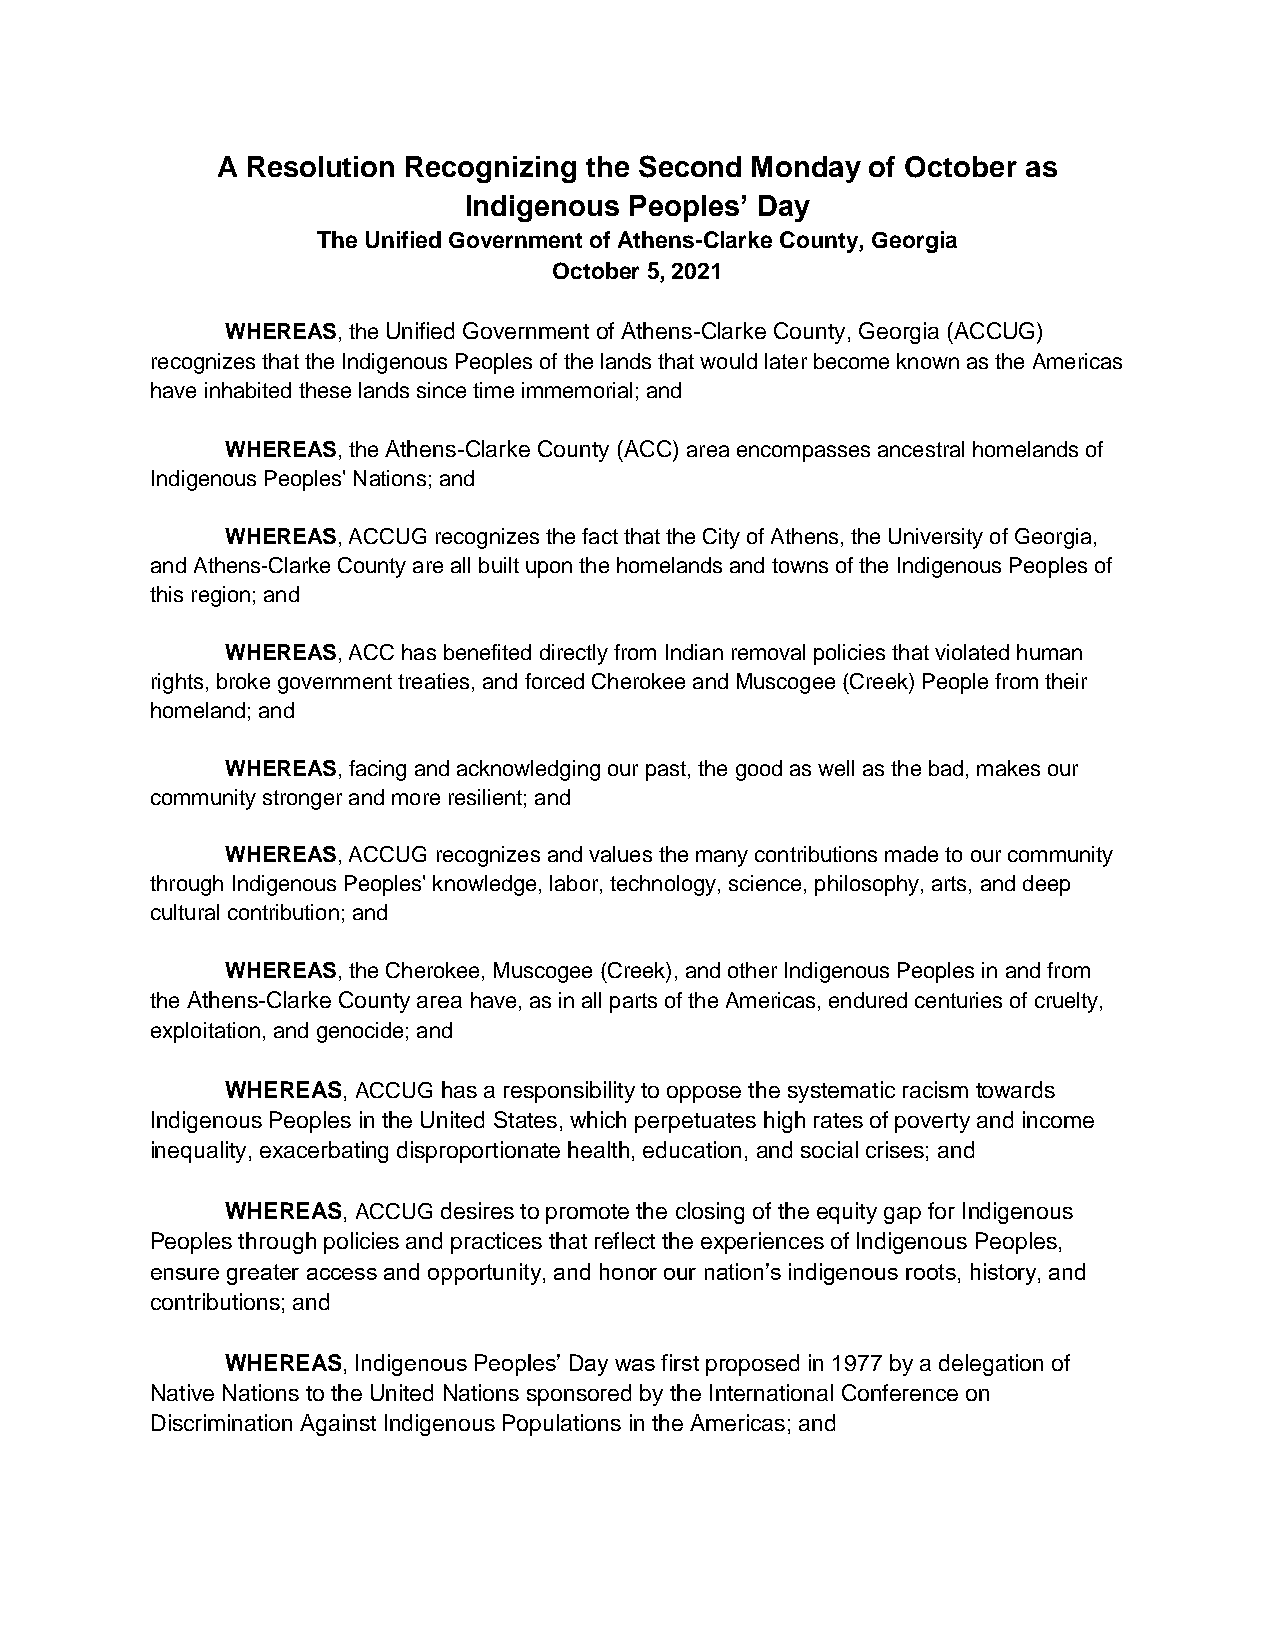
A Resolution Recognizing the Second Monday  of October as
 Indigenous Peoples’ Day
 The Unified Government of Athens-Clarke County, Georgia
 October 5, 2021
 WHEREAS, the Unified Government of Athens-Clarke County, Georgia (ACCUG)
 recognizes that the Indigenous Peoples of the lands that would later become known as the Americas
 have inhabited these lands since time immemorial; and
 WHEREAS, the Athens-Clarke County (ACC) area encompasses ancestral homelands of
 Indigenous Peoples' Nations; and
 WHEREAS, ACCUG recognizes the fact that the City of Athens, the University of Georgia,
 and Athens-Clarke County are all built upon the homelands and towns of the Indigenous Peoples of
 this region; and
 WHEREAS, ACC has benefited directly from Indian removal policies that violated human
 rights, broke government treaties, and forced Cherokee and Muscogee (Creek) People from their
 homeland; and
 WHEREAS, facing and acknowledging our past, the good as well as the bad, makes our
 community stronger and more resilient; and
 WHEREAS, ACCUG recognizes and values the many contributions made to our community
 through Indigenous Peoples' knowledge, labor, technology, science, philosophy, arts, and deep
 cultural contribution; and
 WHEREAS, the Cherokee, Muscogee (Creek), and other Indigenous Peoples in and from
 the Athens-Clarke County area have, as in all parts of the Americas, endured centuries of cruelty,
 exploitation, and genocide; and
 WHEREAS, ACCUG has a responsibility to oppose the systematic racism towards
 Indigenous Peoples in the United States, which perpetuates high rates of poverty and income
 inequality, exacerbating disproportionate health, education, and social crises; and
 WHEREAS, ACCUG desires to promote the closing of the equity gap for Indigenous
 Peoples through policies and practices that reflect the experiences of Indigenous Peoples,
 ensure greater access and opportunity, and honor our nation’s indigenous roots, history, and
 contributions; and
 WHEREAS, Indigenous Peoples’ Day was first proposed in 1977 by a delegation of
 Native Nations to the United Nations sponsored by the International Conference on
 Discrimination Against Indigenous Populations in the Americas; and